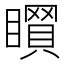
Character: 𥋻